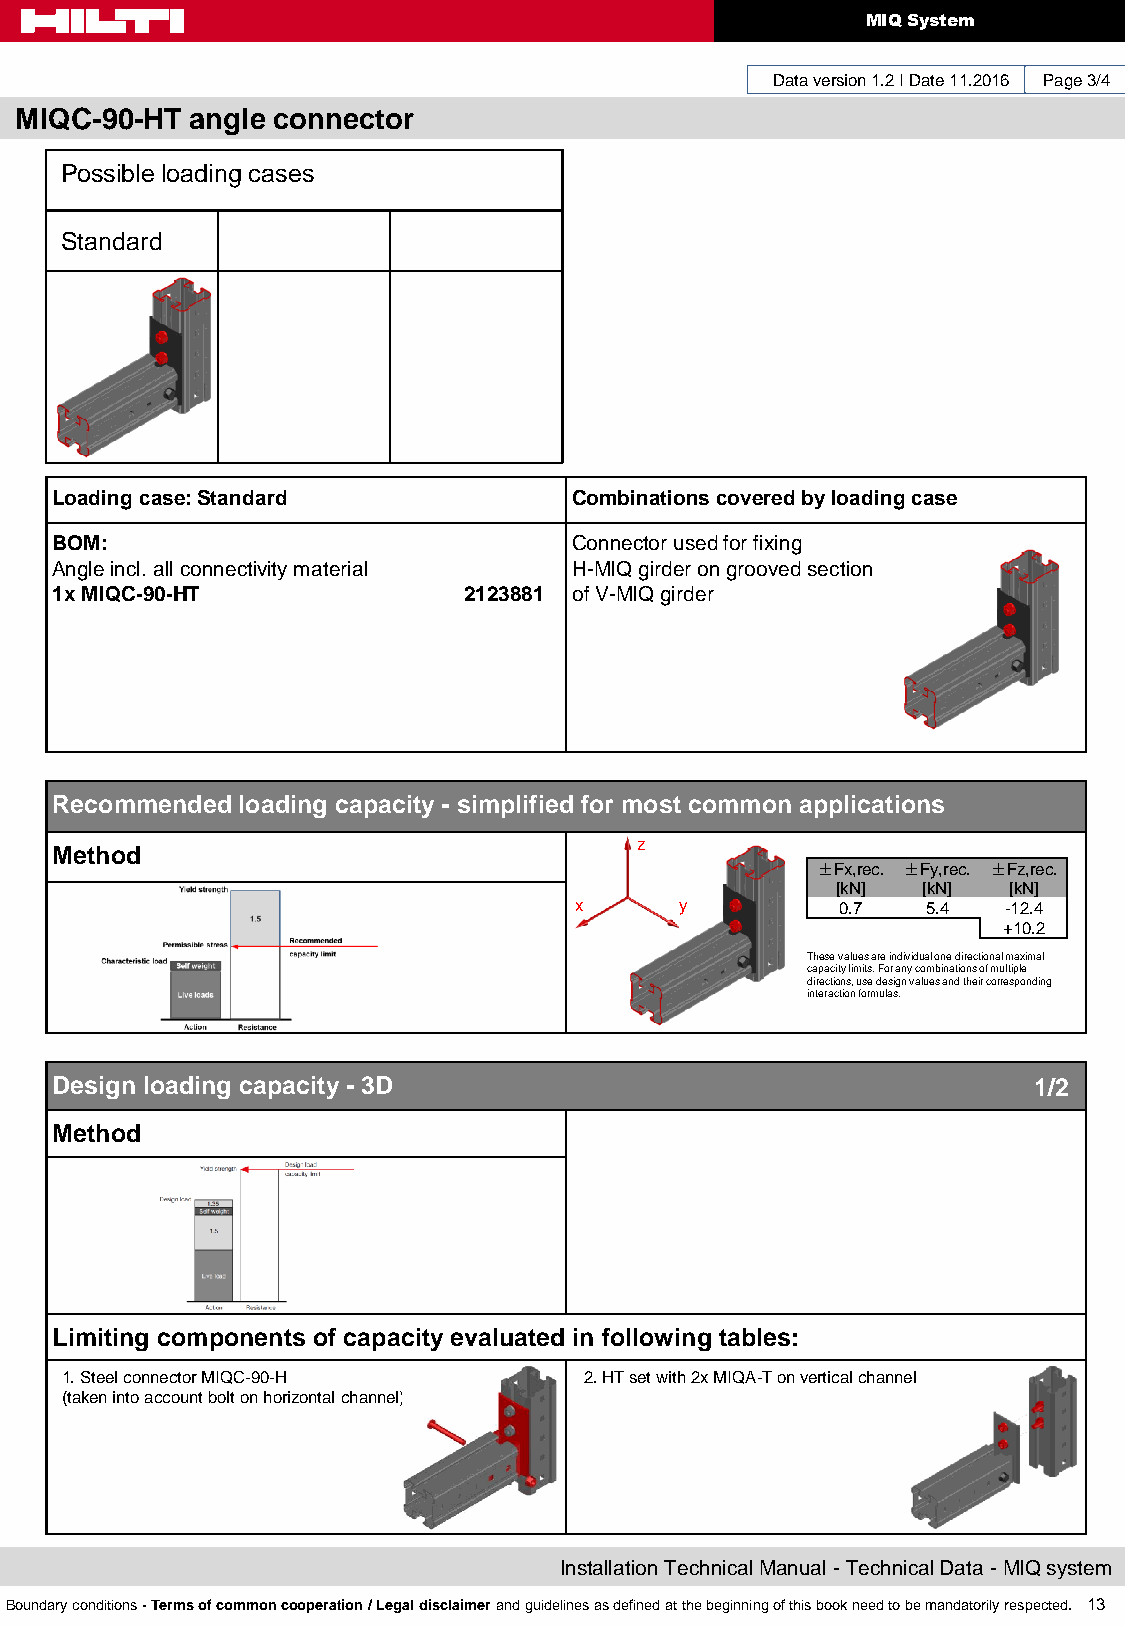
MIQ System
 Data version 1.2 I Date 11.2016 Page 3/4
 MIQC-90-HT  angle connector
 Possible loading cases
 Standard
 Loading case: Standard             Combinations covered by loading case
 BOM:                               Connector used for fixing
 Angle incl. all connectivity material H-MIQ girder on grooved section
 1x MIQC-90-HT               2123881 of V-MIQ girder
 Recommended  loading capacity - simplified for most common applications
 z
 Method
 ±Fx,rec. ±Fy,rec. ±Fz,rec.
 [kN]  [kN]  [kN]
 x      y          0.7  5.4   -12.4
 +10.2
 These values are individual one directional maximal
 capacity limits. For any combinations of multiple
 directions, use design values and their corresponding
 interaction formulas.
 Design loading capacity - 3D                                     1/2
 Method
 Limiting components of capacity evaluated in following tables:
 1. Steel connector MIQC-90-H       2. HT set with 2x MIQA-T on vertical channel
 (taken into account bolt on horizontal channel)
 Installation Technical Manual - Technical Data - MIQ system
 Boundary conditions - Terms of common cooperation / Legal disclaimer and guidelines as defined at the beginning of this book need to be mandatorily respected. 13